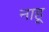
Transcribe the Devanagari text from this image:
नाहू